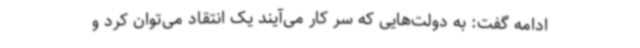
ادامه گفت: به دولت‌هایی که سر کار می‌آیند یک انتقاد می‌توان کرد و